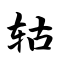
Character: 轱